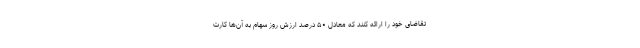
تقاضای خود را ارائه کنند که معادل ۵۰ درصد ارزش روز سهام به آن‌ها کارت